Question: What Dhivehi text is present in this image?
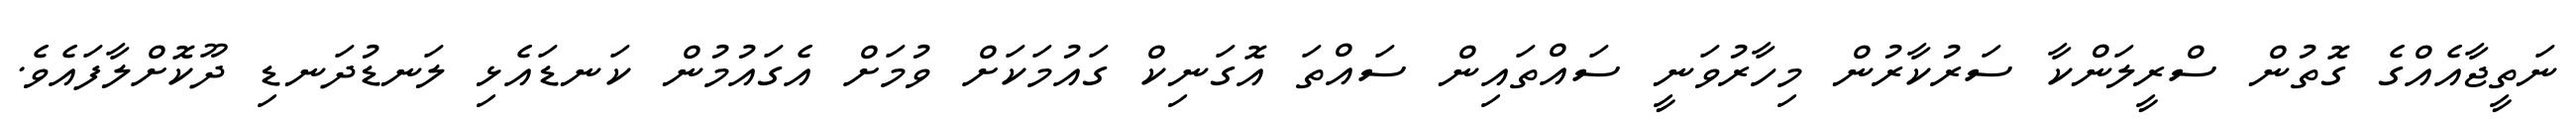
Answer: ނަތީޖާއެއްގެ ގޮތުން ސްރީލަންކާ ސަރުކާރުން މިހާރުވަނީ ސައްތައިން ސައްތަ އޮގަނިކް ގައުމަކަށް ވުމަށް އެގައުމުން ކަނޑައެޅި ލަނޑުދަނޑި ދޫކޮށްލާފައެވެ.